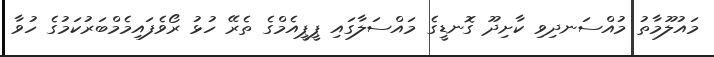
މައުލޫމާތު މުއްސަނދިވި ކާށިދޫ ގޮނޑީގެ މައްސަލާގައި ޕީޕީއެމްގެ ތެރޭ ހުޅު ރޯވެފައިމެމްބަރުކަމުގެ ހުވާ